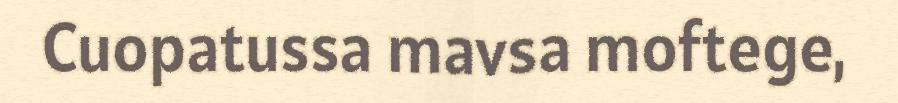
Cuopatussa mavsa moftege,